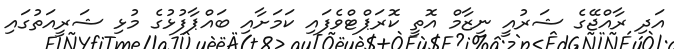
އަދި ރާއްޖޭގެ ޝަރުއީ ނިޒާމް އޮތީ ކޮރަޕްޓްވެފައި ކަމަށާއި ބައްޕާފުޅުގެ މުޅި ޝަރީއަތުގައި